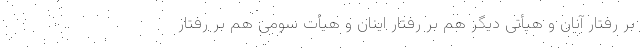
بر رفتار آنان و هیأتی دیگر هم بر رفتار اینان و هیأت سومی هم بر رفتار